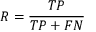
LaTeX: R = { \frac { T P } { T P + F N } }